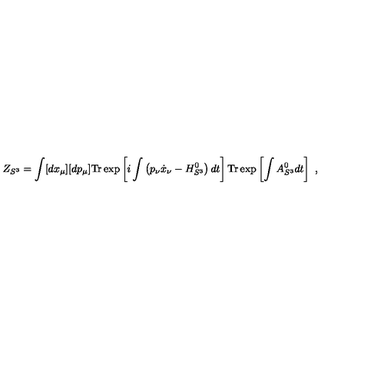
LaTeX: Z _ { S ^ { 3 } } = \int [ d x _ { \mu } ] [ d p _ { \mu } ] \mathrm { T r } \exp \left[ i \int \left( p _ { \nu } \dot { x } _ { \nu } - H _ { S ^ { 3 } } ^ { 0 } \right) d t \right] \mathrm { T r } \exp \left[ \int A _ { S ^ { 3 } } ^ { 0 } d t \right] \ ,